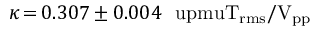
\kappa \, { = } \, 0 . 3 0 7 \pm 0 . 0 0 4 ~ \mathrm { \ u p m u T _ { r m s } / V _ { p p } }